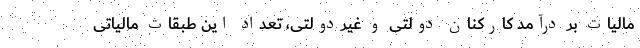
مالیات بر درآمد کارکنان دولتی و غیردولتی، تعداد این طبقات مالیاتی